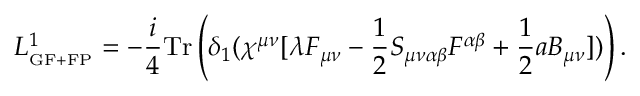
L _ { _ { \mathrm { G F + F P } } } ^ { 1 } = - \frac { i } { 4 } \mathrm { T r } \left( \delta _ { 1 } ( \chi ^ { \mu \nu } [ \lambda F _ { \mu \nu } - \frac { 1 } { 2 } S _ { \mu \nu \alpha \beta } F ^ { \alpha \beta } + \frac { 1 } { 2 } a B _ { \mu \nu } ] ) \right) .